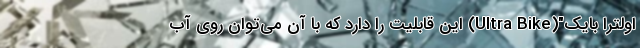
اولترا بایک"(Ultra Bike) این قابلیت را دارد که با آن می‌توان روی آب